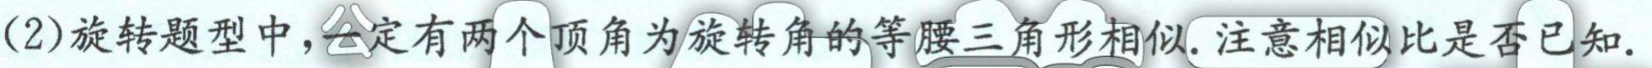
（2）旋转题型中，一定有两个顶角为旋转角的等腰三角形相似. 注意相似比是否已知.